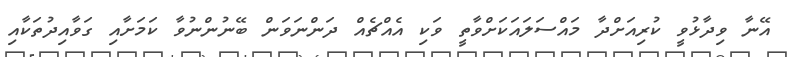
އޭނާ ވިދާޅުވީ ކުރިއަށްދާ މައްސަލައަކަށްވާތީ ވަކި އެއްޗެއް ދަންނަވަން ބޭނުންނުވާ ކަމަށާއި ގަވާއިދުތަކާއި